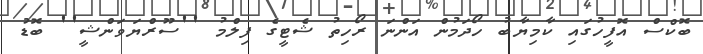
ބޮކްސް އޮފީހުގައި ކާމިޔާބު ހޯދަމުން އަންނަ ރޯހިތު ޝެޓީގެ ފިލްމު ''ސޫރްޔަވަންޝީ'' ބޮޑު